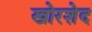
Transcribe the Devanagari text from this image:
खोरशेद